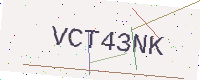
Text: VCT43NK